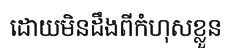
ដោយមិនដឹងពីកំហុសខ្លួន